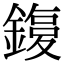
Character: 𨫙